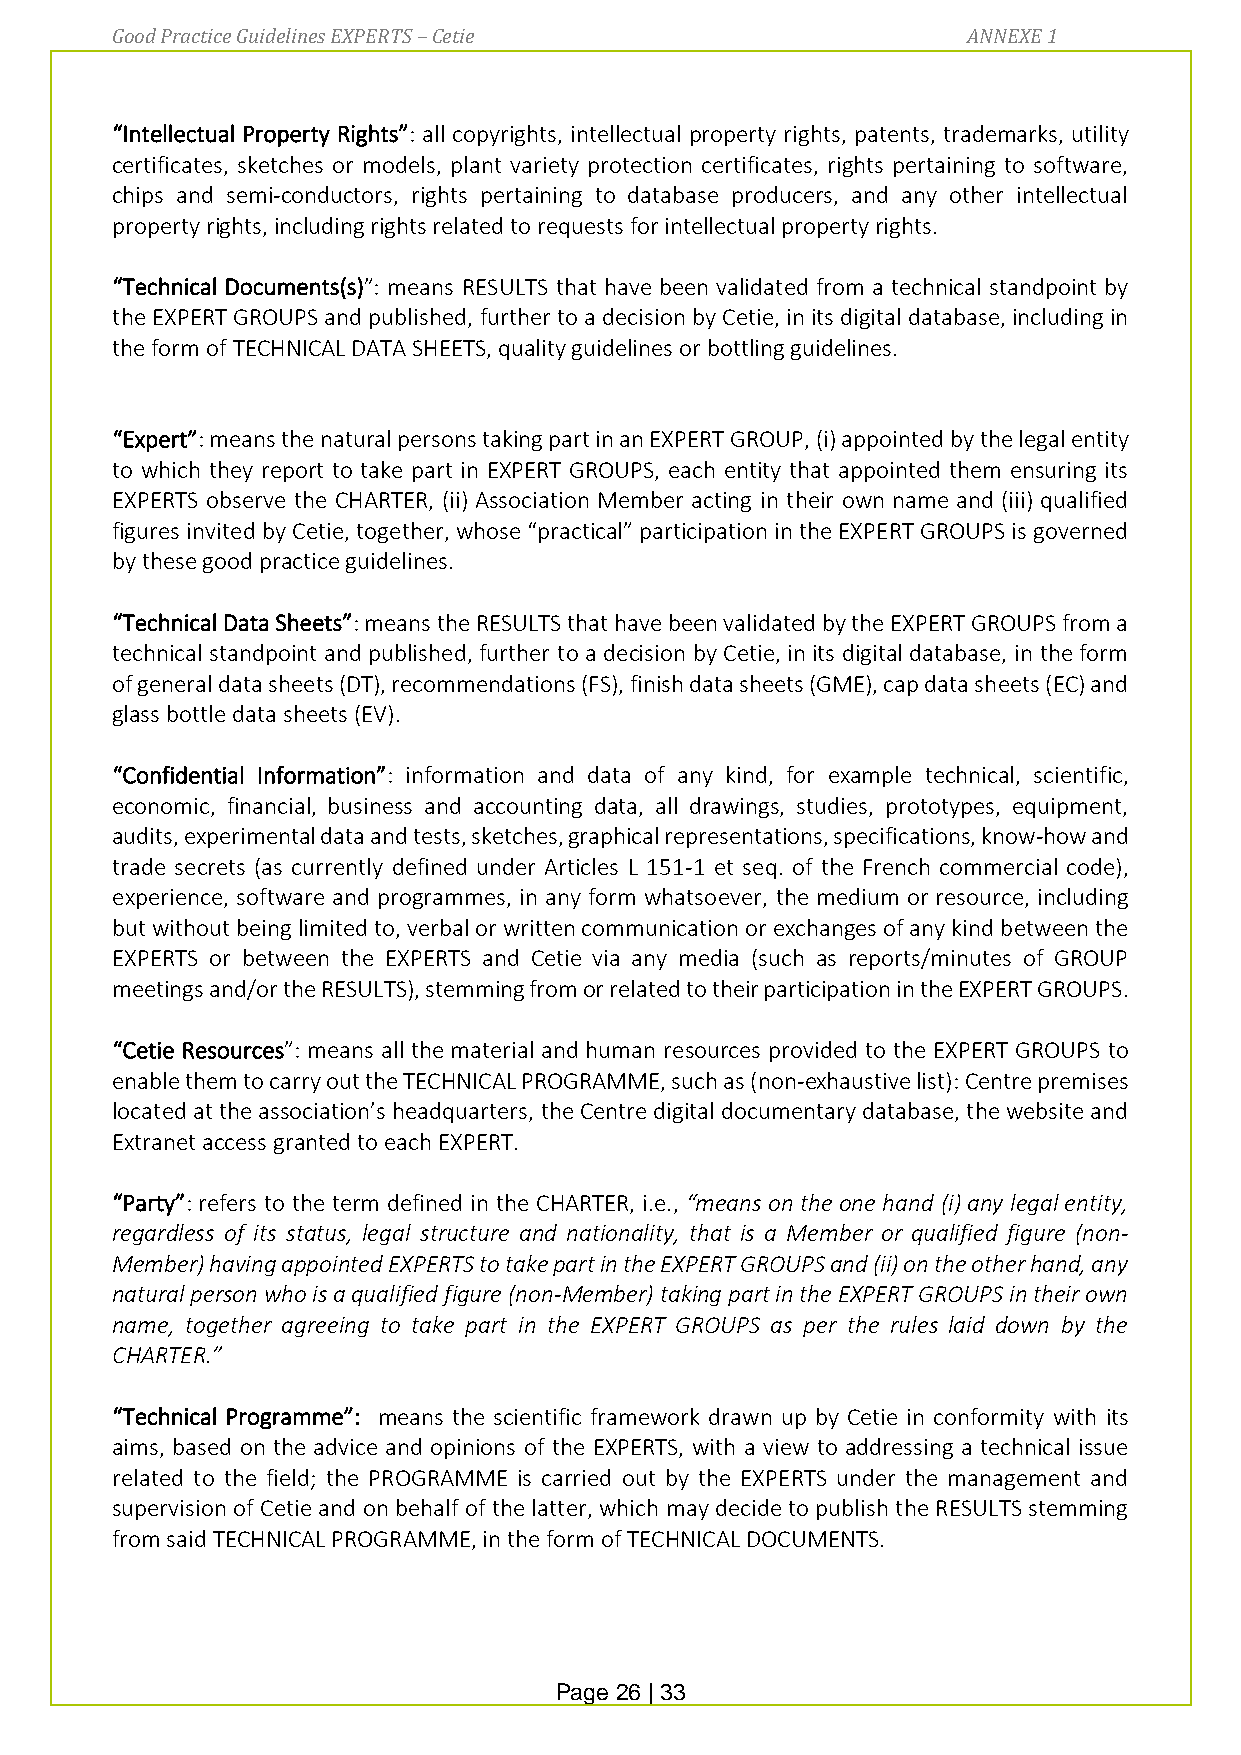
Good Practice Guidelines EXPERTS – Cetie                 ANNEXE 1
 “Intellectual Property Rights”: all copyrights, intellectual property rights, patents, trademarks, utility
 certificates, sketches or models, plant variety protection certificates, rights pertaining to software,
 chips and semi-conductors, rights pertaining to database producers, and any other intellectual
 property rights, including rights related to requests for intellectual property rights.
 “Technical Documents(s)”: means RESULTS that have been validated from a technical standpoint by
 the EXPERT GROUPS and published, further to a decision by Cetie, in its digital database, including in
 the form of TECHNICAL DATA SHEETS, quality guidelines or bottling guidelines.
 “Expert”: means the natural persons taking part in an EXPERT GROUP, (i) appointed by the legal entity
 to which they report to take part in EXPERT GROUPS, each entity that appointed them ensuring its
 EXPERTS observe the CHARTER, (ii) Association Member acting in their own name and (iii) qualified
 figures invited by Cetie, together, whose “practical” participation in the EXPERT GROUPS is governed
 by these good practice guidelines.
 “Technical Data Sheets”: means the RESULTS that have been validated by the EXPERT GROUPS from a
 technical standpoint and published, further to a decision by Cetie, in its digital database, in the form
 of general data sheets (DT), recommendations (FS), finish data sheets (GME), cap data sheets (EC) and
 glass bottle data sheets (EV).
 “Confidential Information”: information and data of any kind, for example technical, scientific,
 economic, financial, business and accounting data, all drawings, studies, prototypes, equipment,
 audits, experimental data and tests, sketches, graphical representations, specifications, know-how and
 trade secrets (as currently defined under Articles L 151-1 et seq. of the French commercial code),
 experience, software and programmes, in any form whatsoever, the medium or resource, including
 but without being limited to, verbal or written communication or exchanges of any kind between the
 EXPERTS or between the EXPERTS and Cetie via any media (such as reports/minutes of GROUP
 meetings and/or the RESULTS), stemming from or related to their participation in the EXPERT GROUPS.
 “Cetie Resources”: means all the material and human resources provided to the EXPERT GROUPS to
 enable them to carry out the TECHNICAL PROGRAMME, such as (non-exhaustive list): Centre premises
 located at the association’s headquarters, the Centre digital documentary database, the website and
 Extranet access granted to each EXPERT.
 “Party”: refers to the term defined in the CHARTER, i.e., “means on the one hand (i) any legal entity,
 regardless of its status, legal structure and nationality, that is a Member or qualified figure (non-
 Member) having appointed EXPERTS to take part in the EXPERT GROUPS and (ii) on the other hand, any
 natural person who is a qualified figure (non-Member) taking part in the EXPERT GROUPS in their own
 name, together agreeing to take part in the EXPERT GROUPS as per the rules laid down by the
 CHARTER.”
 “Technical Programme”: means the scientific framework drawn up by Cetie in conformity with its
 aims, based on the advice and opinions of the EXPERTS, with a view to addressing a technical issue
 related to the field; the PROGRAMME is carried out by the EXPERTS under the management and
 supervision of Cetie and on behalf of the latter, which may decide to publish the RESULTS stemming
 from said TECHNICAL PROGRAMME, in the form of TECHNICAL DOCUMENTS.
 Page 26 | 33